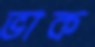
ভাক